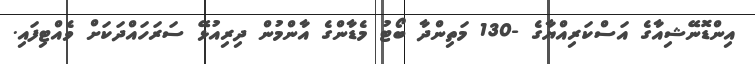
އިންޑޮނޭޝިއާގެ އަސްކަރިއްޔާގެ -130 މަތިންދާ ބޯޓު މެޑާންގެ އާންމުން ދިރިއުޅޭ ސަރަހައްދަކަށް ވެއްޓިފައި.